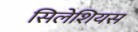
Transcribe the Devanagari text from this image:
सिलेशियस